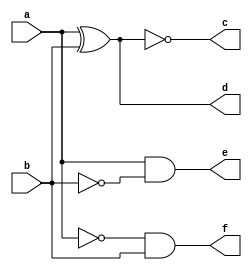
`timescale 1ns / 1ps
//////////////////////////////////////////////////////////////////////////////////
// Company: 
// Engineer: 
// 
// Design Name: 
// Module Name: inv
// Project Name: 
// Target Devices: 
// Tool Versions: 
// Description: 
// 
// Dependencies: 
// 
// Revision:
// Revision 0.01 - File Created
// Additional Comments:
// 
//////////////////////////////////////////////////////////////////////////////////


module inv(
    input a, b,
    output c, d, e, f
);

assign c = ~(a^b);
assign d = a^b;
assign e = a&(~b);
assign f = (~a)&b;

endmodule